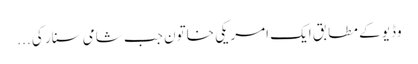
وڈیو کے مطابق ایک امریکی خاتون جب شامی سنار کی ...